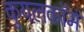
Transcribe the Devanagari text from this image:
कुयलकॉम